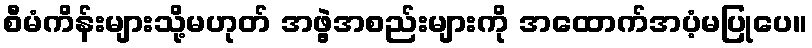
စီမံကိန်းများသို့မဟုတ် အဖွဲ့အစည်းများကို အထောက်အပံ့မပြုပေ။